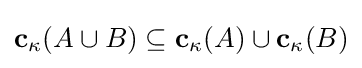
\mathbf {c} _{\kappa }(A\cup B)\subseteq \mathbf {c} _{\kappa }(A)\cup \mathbf {c} _{\kappa }(B)